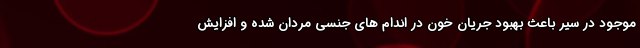
موجود در سیر باعث بهبود جریان خون در اندام های جنسی مردان شده و افزایش